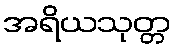
အရိယသုတ္တ